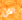
الآن